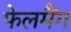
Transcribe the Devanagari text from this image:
फेलमैंग